Civil Veterinary Dept. North-West Frontier Province 1901-22 - 1901-1922
Year: 1901
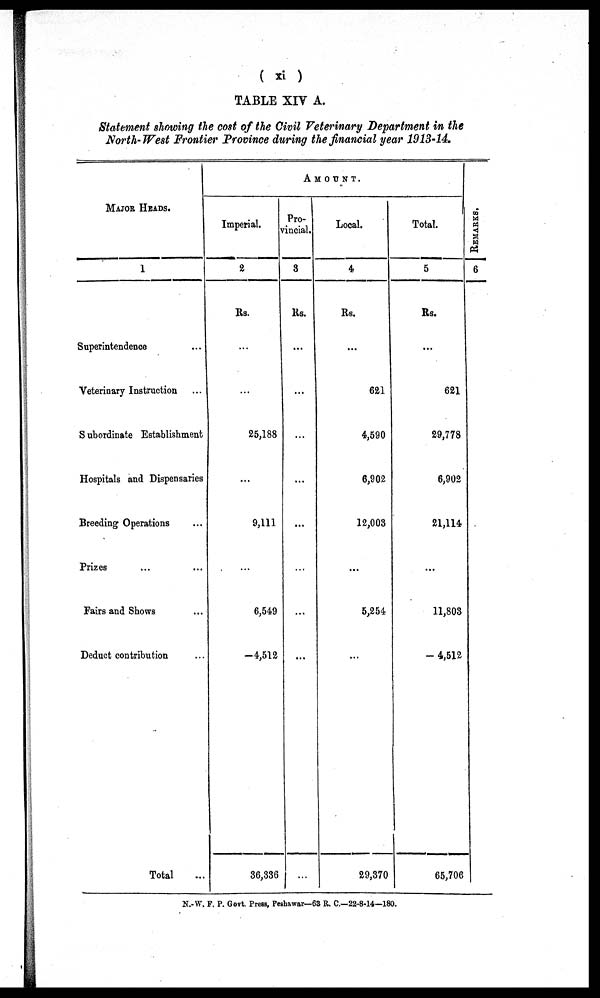
( xi )
TABLE XIV A.
Statement showing the cost of the Civil Veterinary Department in the
North-West Frontier Province during the financial year 1913-14.
MAJOR HEADS.
1
Superintendence ...
Veterinary Instruction ...
Subordinate Establishment
Hospitals and Dispensaries
Breeding Operations ...
Prizes ... ...
Fairs and Shows ...
Deduct contribution ...
Total ...
AMOUNT.
Imperial.
2
Rs.
...
...
25,188
...
9,111
...
6,549
—4,512
36,336
Pro-
vincial.
3
Rs.
...
...
...
...
...
...
...
...
...
Local.
4
Rs.
...
621
4,590
6,902
12,003
...
5,254
...
29,370
Total.
5
Rs.
...
621
29,778
6,902
21,114
...
11,803
—4,512
65,706
REMARKS.
6
N.-W. F. P. Govt. Press, Peshawar—63 R. C.—22-8-14—180.